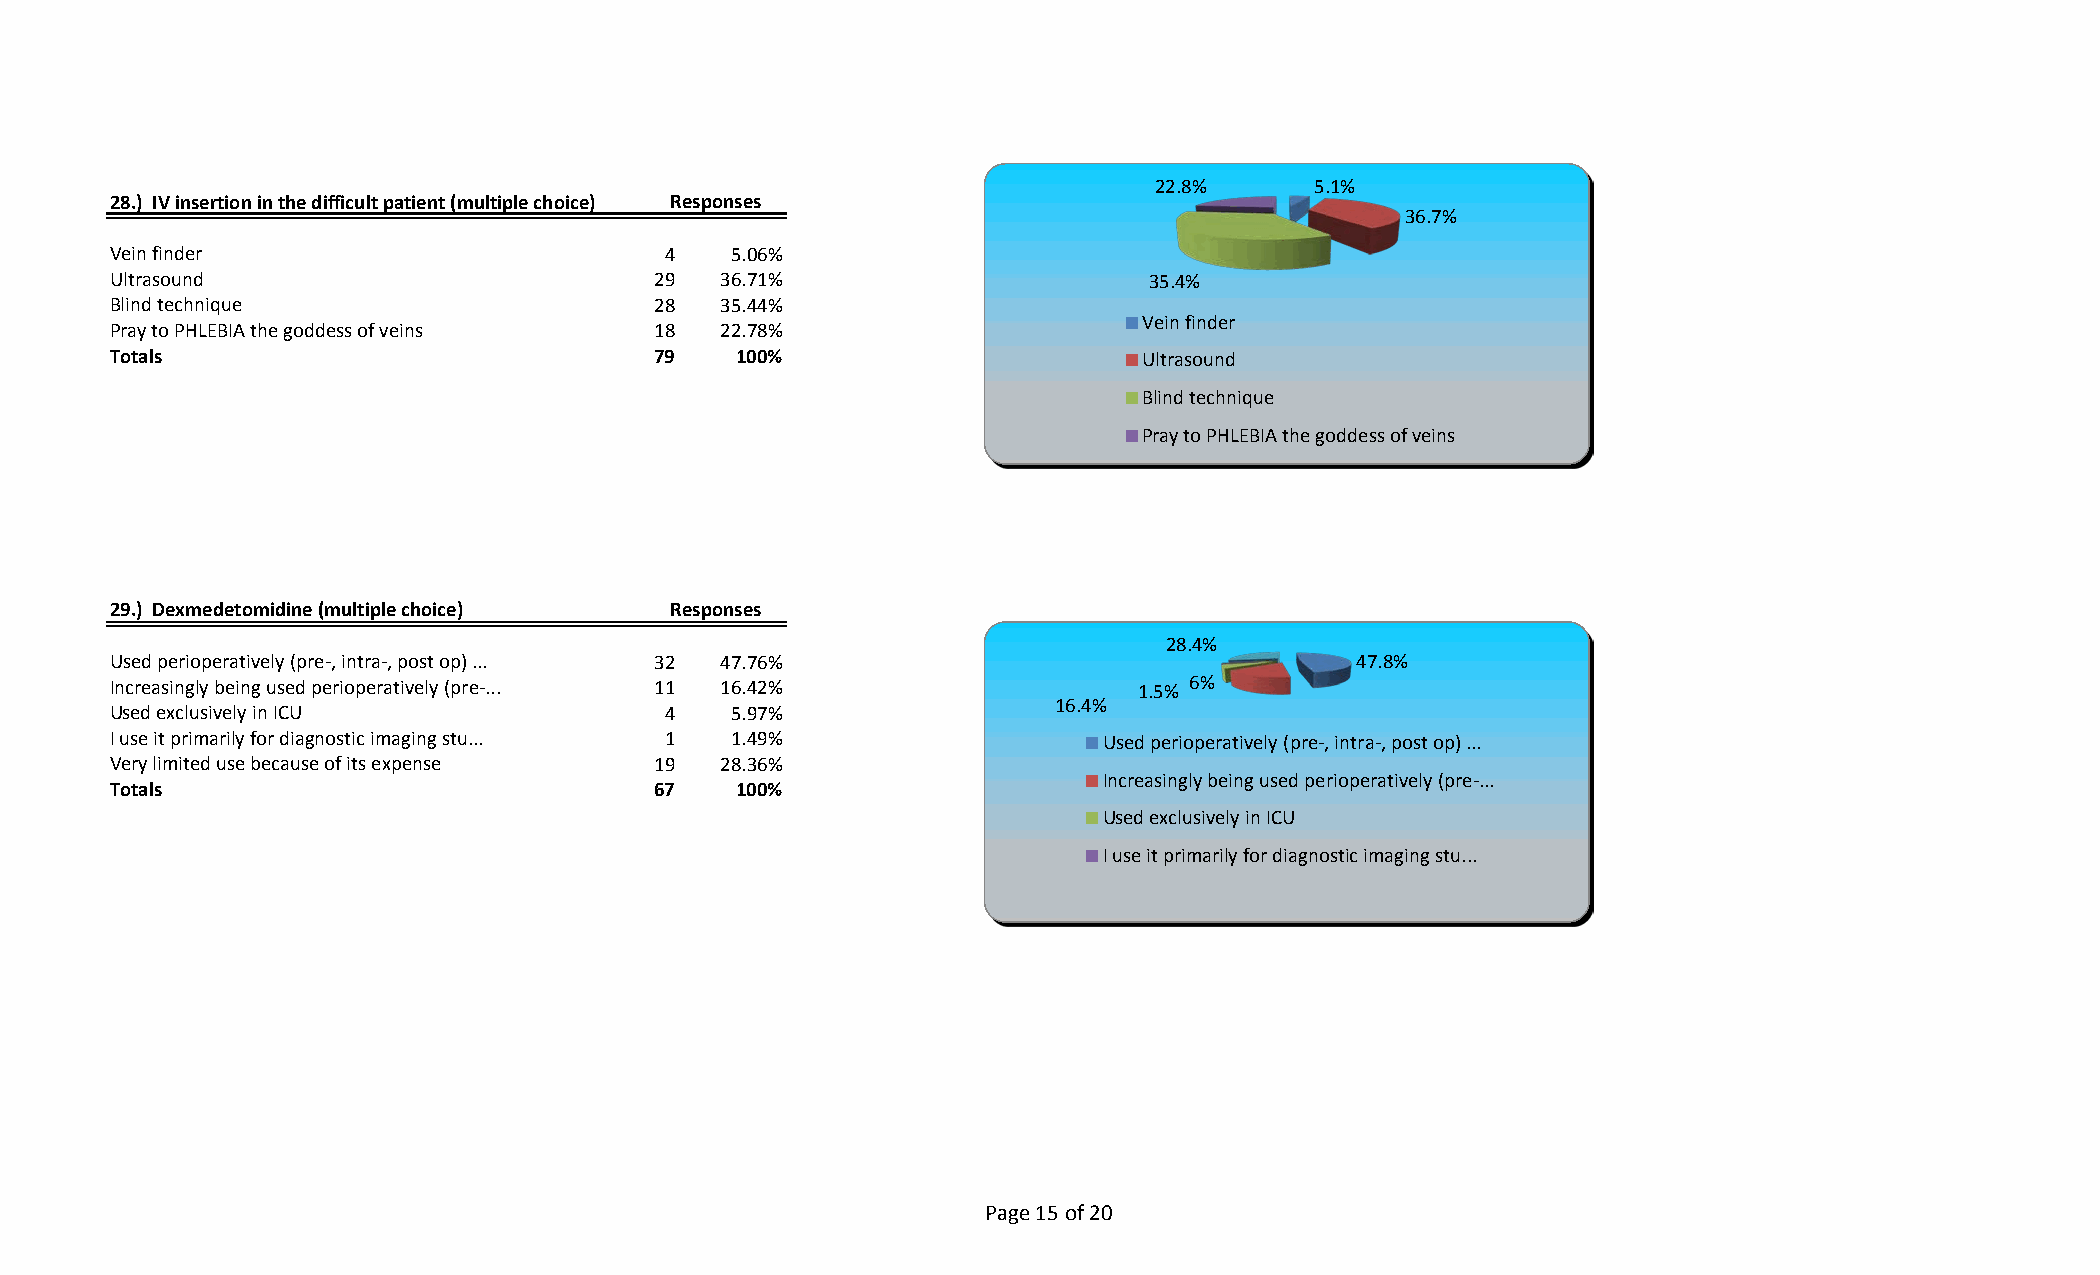
22.8%      5.1%
 28.) IV insertion in the difficult patient (multiple choice) Responses
 36.7%
 Vein finder                          4   5.06%
 Ultrasound                          29  36.71%                       35.4%
 Blind technique                     28  35.44%
 Vein finder
 Pray to PHLEBIA the goddess of veins 18 22.78%
 Totals                              79   100%                       Ultrasound
 Blind technique
 Pray to PHLEBIA the goddess of veins
 29.) Dexmedetomidine (multiple choice) Responses
 28.4%
 Used perioperatively (pre-, intra-, post op) ... 32 47.76%                        47.8%
 Increasingly being used perioperatively (pre-... 11 16.42%          1.5% 6%
 16.4%
 Used exclusively in ICU              4   5.97%
 I use it primarily for diagnostic imaging stu... 1 1.49%          Used perioperatively (pre-, intra-, post op) ...
 Very limited use because of its expense 19 28.36%
 Increasingly being used perioperatively (pre-...
 Totals                              67   100%
 Used exclusively in ICU
 I use it primarily for diagnostic imaging stu...
 Page 15 of 20